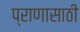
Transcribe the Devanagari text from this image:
प्राणासाठी